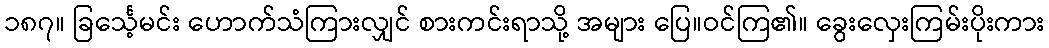
၁၈၇။ ခြင်္သေ့မင်း ဟောက်သံကြားလျှင် စားကင်းရာသို့ အများ ပြေ။ဝင်ကြ၏။ ခွေးလှေးကြမ်းပိုးကား